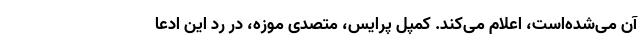
آن می‌شده‌است، اعلام می‌کند. کمپل پرایس، متصدی موزه، در رد این ادعا